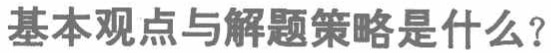
基本观点与解题策略是什么？